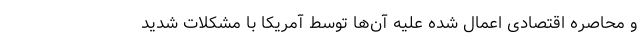
و محاصره اقتصادی اعمال شده علیه آن‌ها توسط آمریکا با مشکلات شدید